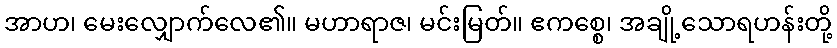
အာဟ၊ မေးလျှောက်လေ၏။ မဟာရာဇ၊ မင်းမြတ်။ ဧကစ္စေ၊ အချို့သောရဟန်းတို့